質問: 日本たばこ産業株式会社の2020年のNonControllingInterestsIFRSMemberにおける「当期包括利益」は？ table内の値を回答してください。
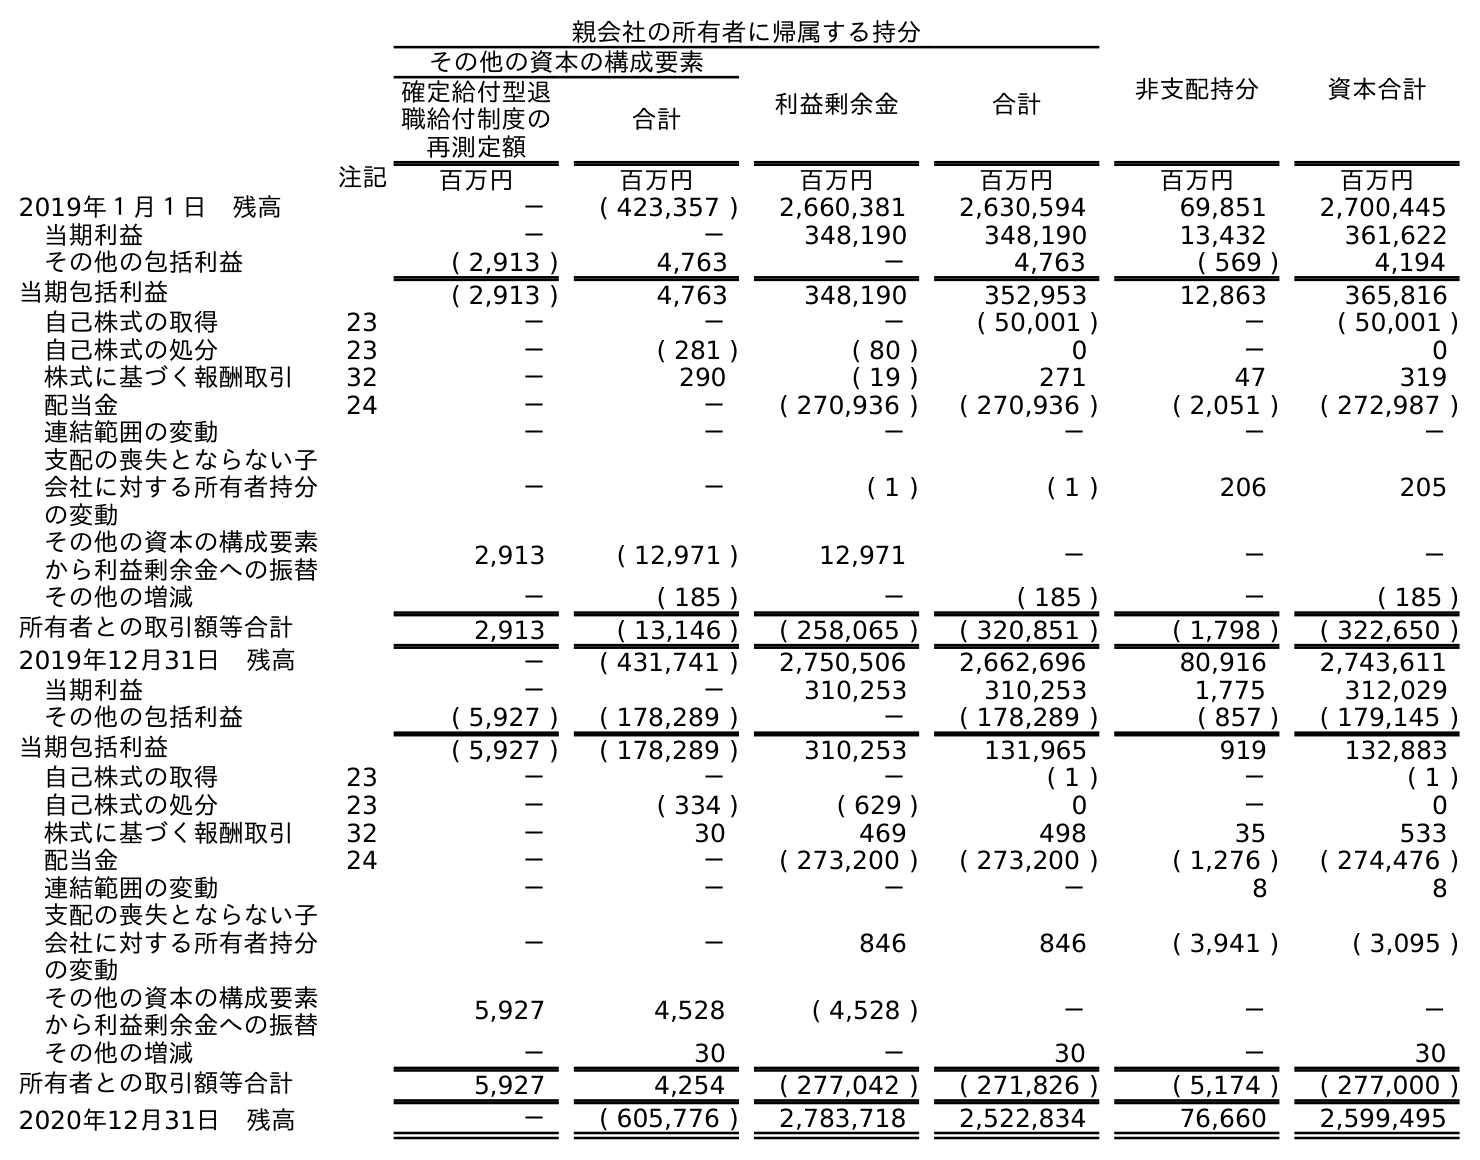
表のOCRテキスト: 親会社の所有者に帰属する持分 非支配持分 資本合計 その他の資本の構成要素 利益剰余金 合計 確定給付型退 職給付制度の 再測定額 合計 注記 百万円 百万円 百万円 百万円 百万円 百万円 2019年１月１日 残高 － ( 423,357 ) 2,660,381 2,630,594 69,851 2,700,445 当期利益 － － 348,190 348,190 13,432 361,622 その他の包括利益 ( 2,913 ) 4,763 － 4,763 ( 569 ) 4,194 当期包括利益 ( 2,913 ) 4,763 348,190 352,953 12,863 365,816 自己株式の取得 23 － － － ( 50,001 ) － ( 50,001 ) 自己株式の処分 23 － ( 281 ) ( 80 ) 0 － 0 株式に基づく報酬取引 32 － 290 ( 19 ) 271 47 319 配当金 24 － － ( 270,936 ) ( 270,936 ) ( 2,051 ) ( 272,987 ) 連結範囲の変動 － － － － － － 支配の喪失とならない子 会社に対する所有者持分 の変動 － － ( 1 ) ( 1 ) 206 205 その他の資本の構成要素 から利益剰余金への振替 2,913 ( 12,971 ) 12,971 － － － その他の増減 － ( 185 ) － ( 185 ) － ( 185 ) 所有者との取引額等合計 2,913 ( 13,146 ) ( 258,065 ) ( 320,851 ) ( 1,798 ) ( 322,650 ) 2019年12月31日 残高 － ( 431,741 ) 2,750,506 2,662,696 80,916 2,743,611 当期利益 － － 310,253 310,253 1,775 312,029 その他の包括利益 ( 5,927 ) ( 178,289 ) － ( 178,289 ) ( 857 ) ( 179,145 ) 当期包括利益 ( 5,927 ) ( 178,289 ) 310,253 131,965 919 132,883 自己株式の取得 23 － － － ( 1 ) － ( 1 ) 自己株式の処分 23 － ( 334 ) ( 629 ) 0 － 0 株式に基づく報酬取引 32 － 30 469 498 35 533 配当金 24 － － ( 273,200 ) ( 273,200 ) ( 1,276 ) ( 274,476 ) 連結範囲の変動 － － － － 8 8 支配の喪失とならない子 会社に対する所有者持分 の変動 － － 846 846 ( 3,941 ) ( 3,095 ) その他の資本の構成要素 から利益剰余金への振替 5,927 4,528 ( 4,528 ) － － － その他の増減 － 30 － 30 － 30 所有者との取引額等合計 5,927 4,254 ( 277,042 ) ( 271,826 ) ( 5,174 ) ( 277,000 ) 2020年12月31日 残高 － ( 605,776 ) 2,783,718 2,522,834 76,660 2,599,495
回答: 919